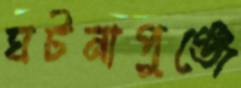
ঘটনাপুঞ্জে